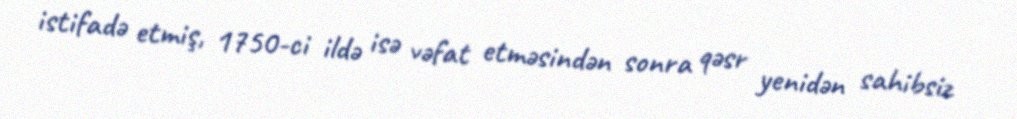
istifadə etmiş, 1750-ci ildə isə vəfat etməsindən sonra qəsr yenidən sahibsiz